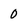
Character: 0